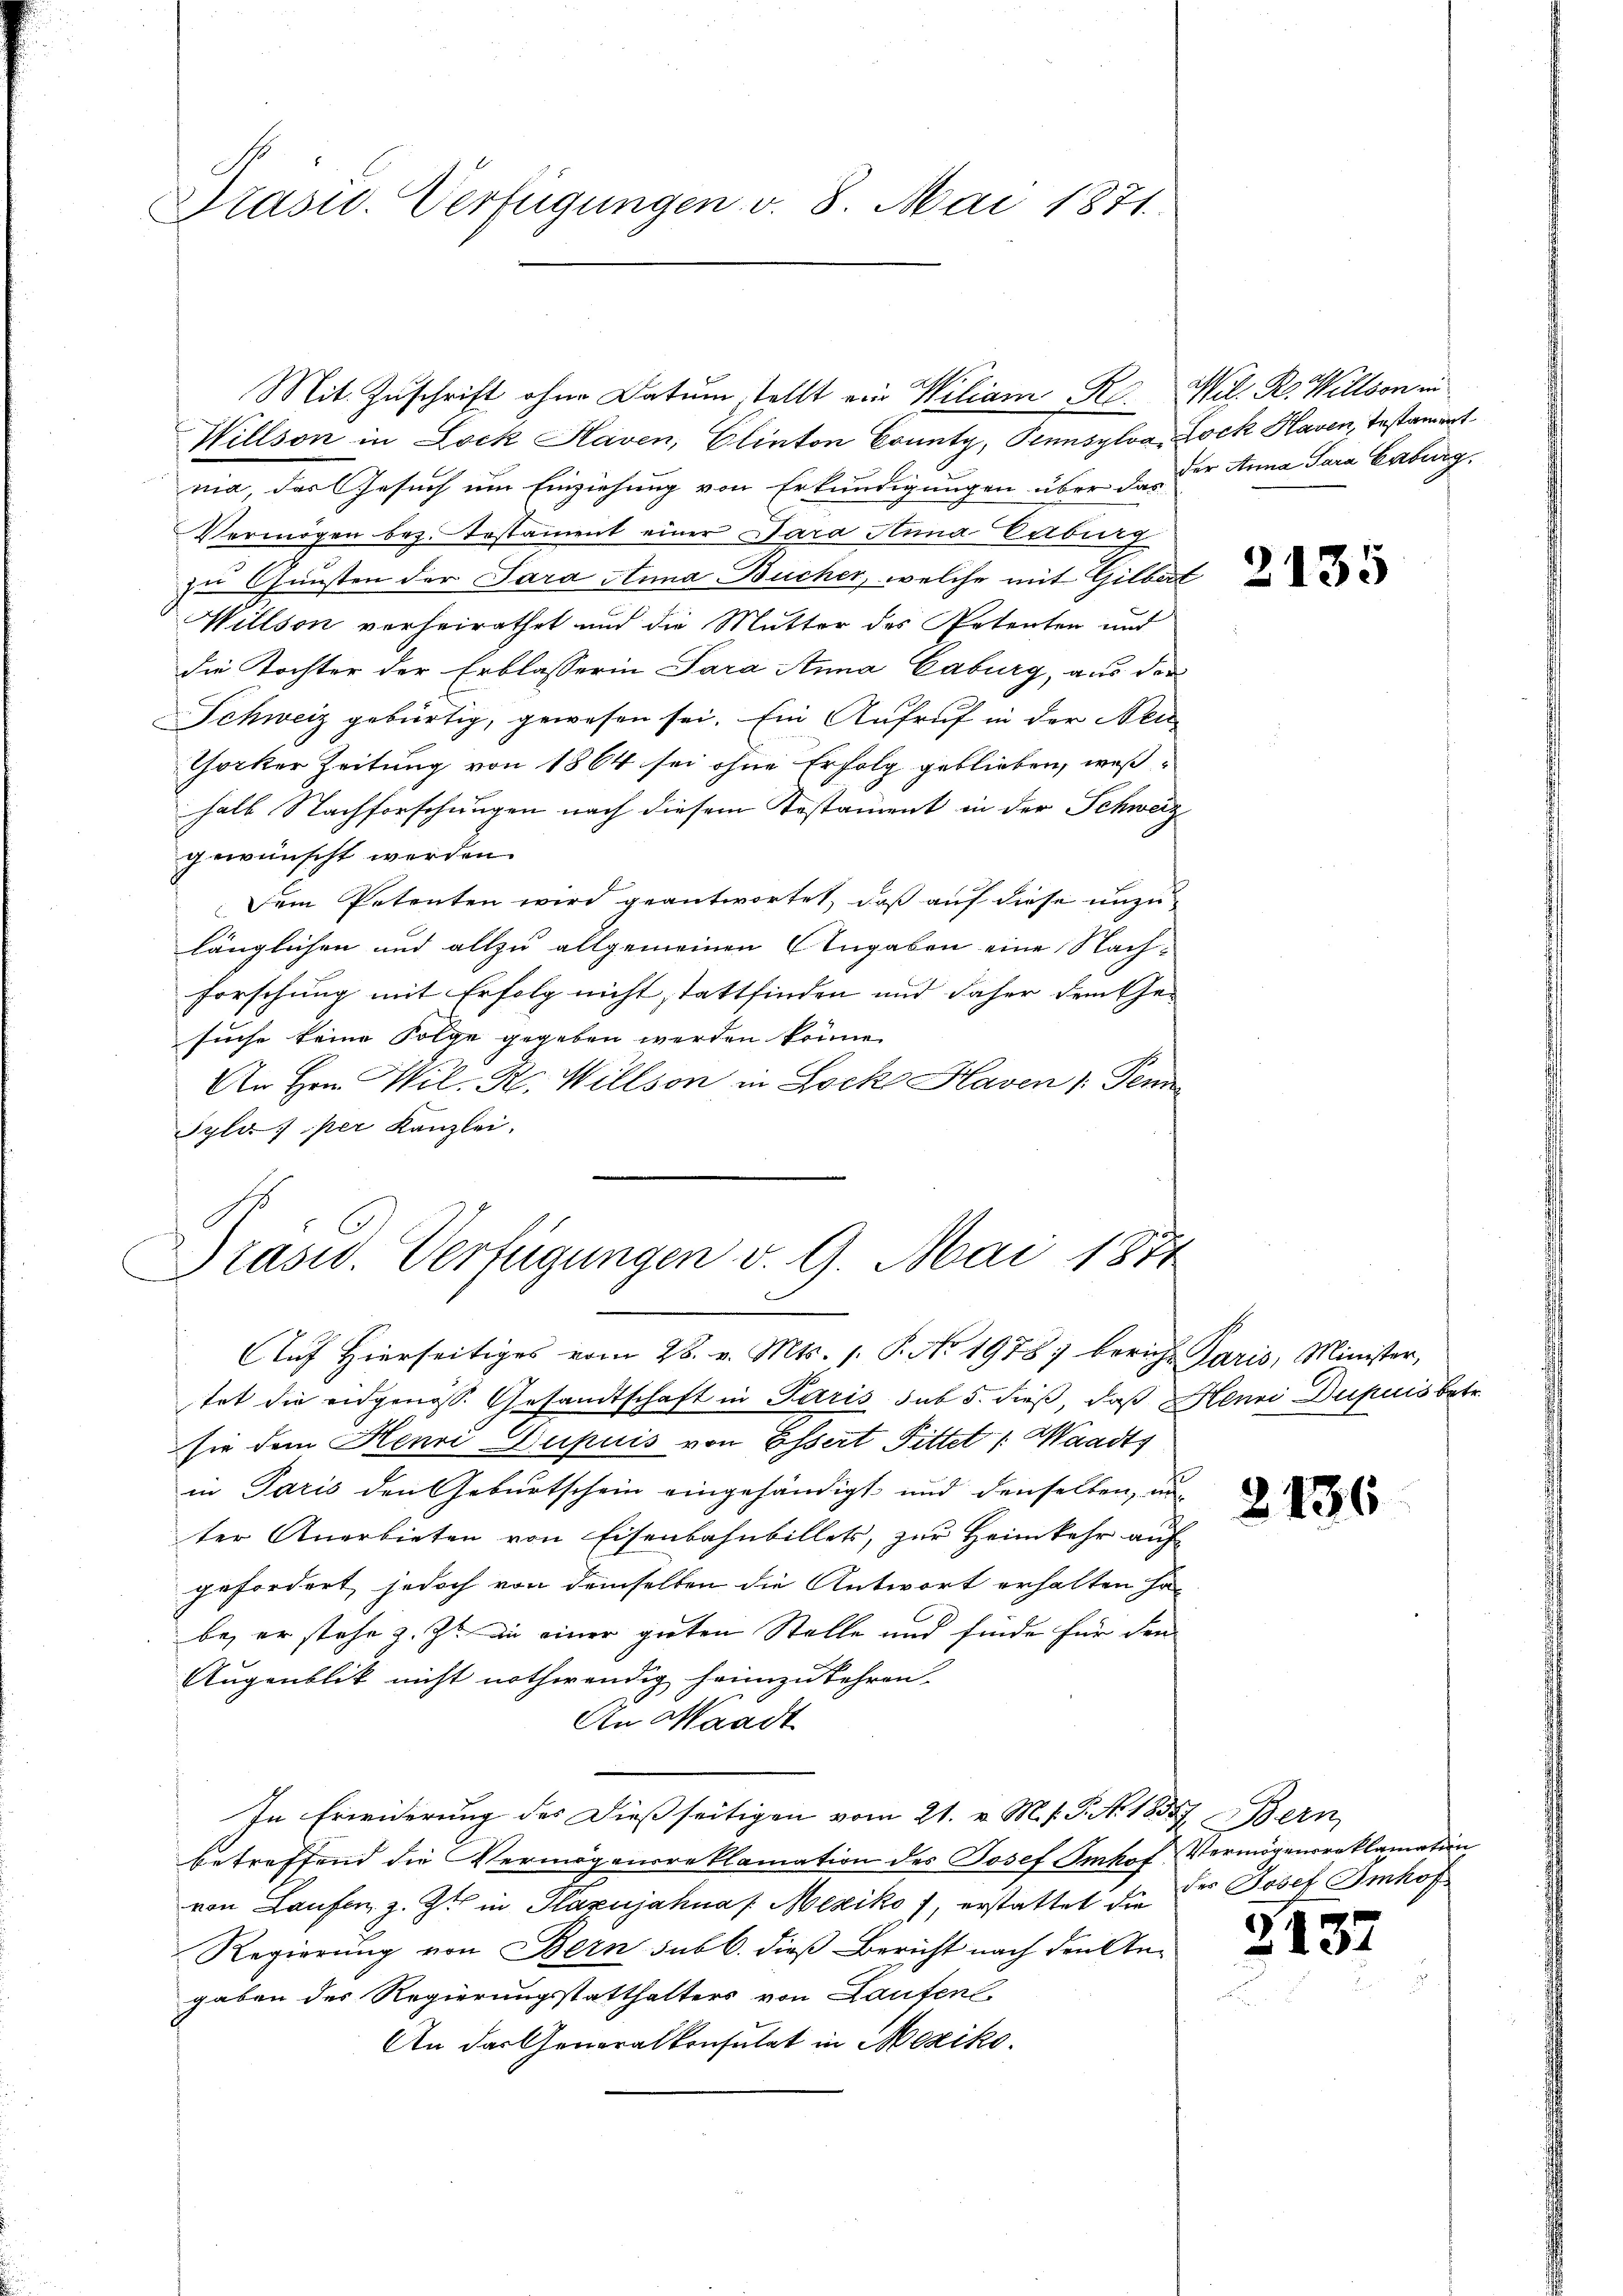
Präsid. Verfügungen v. 8. Mai 1871.

Mit Zuschrift ohne Datum stellt ein Wiliari R. Mil. R. Willson in
Willson in Lock Haven, Elinton County, Pennsylva, Lock Haven, Testament
nia, das Gesuch um Einziehung von Erkundigungen über da der Anna Tara Caburg
Vermögen bez. Testament einer Dara Anna Enburg
zu Gunsten der Sara Anna Bucher, welche mit Gilbert
Willson vorheirathet und die Mutter des Potenten und
die Tochter der Erblasserin Sara Anna Caburg, aus der
Schweiz gebürtig, gewesen sei. Ein Aufruf in der Neu
Thocker Zeitung von 1864 sei ohne Erfolg geblieben, weßhalb Nachforschungen nach diesem Testament in der Schweiz
gewünscht werden.
Dem Petenten wird geantwortet, daß auf diese unzu
länglichen und allzu allgemeinen Angaben eine Nachforschung mit Erfolg nicht stattfinden und daher dem Ge-
suche keine Folge gegeben werden könne.
An Hrn. Hil. R. Willson in Lock Haven /: Jenn
Syla, per Kanzlei.
s
tet die eidgenöss. Gesandtschaft in Paris sub 5. dieß, daß Henni Dupuis betr.
sie dem Henri Dupuis von Essert Fittet : Waadt,
in Paris den Geburtschein eingehändigt und denselben, un-
ter Anerbieten von Eisenbahnbillets, zur Heimkehr auf-
gefordert, jedoch von demselben die Antwort erhalten ha-
be, er stehe z. Zt. an einer guten Stelle und finde für den
Augenblik nicht nothwendig heimzukehren.
An Waadt
In Erwiderung des dießseitigen vom 21. v. M. f. P. Nr. 18587
betreffend die Vermögensreklamation des Josef Smkof Vermögensreklamation
von Laufen z. Zt. in Plazujahnaf Mexiko f, erstattet die des Josef Imhof
Regierung von Bern sub b. dieß Bericht nach den Angaben des Regierungsstatthalters von Laufen
An das Generalkonsulat in Mexiko¬

Präsid. Verfügungen v. 9. Mai 1874
Auf Hierseitiges vom 28. v. Mts. 1. P. No 1978 bericht Paris, Minister,

1

2135

2136

7 Bern

2137